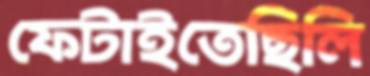
ফেটাইতেছিলি